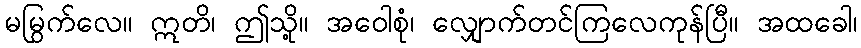
မမြွက်လေ။ ဣတိ၊ ဤသို့။ အဝေါစုံ၊ လျှောက်တင်ကြလေကုန်ပြီ။ အထခေါ၊